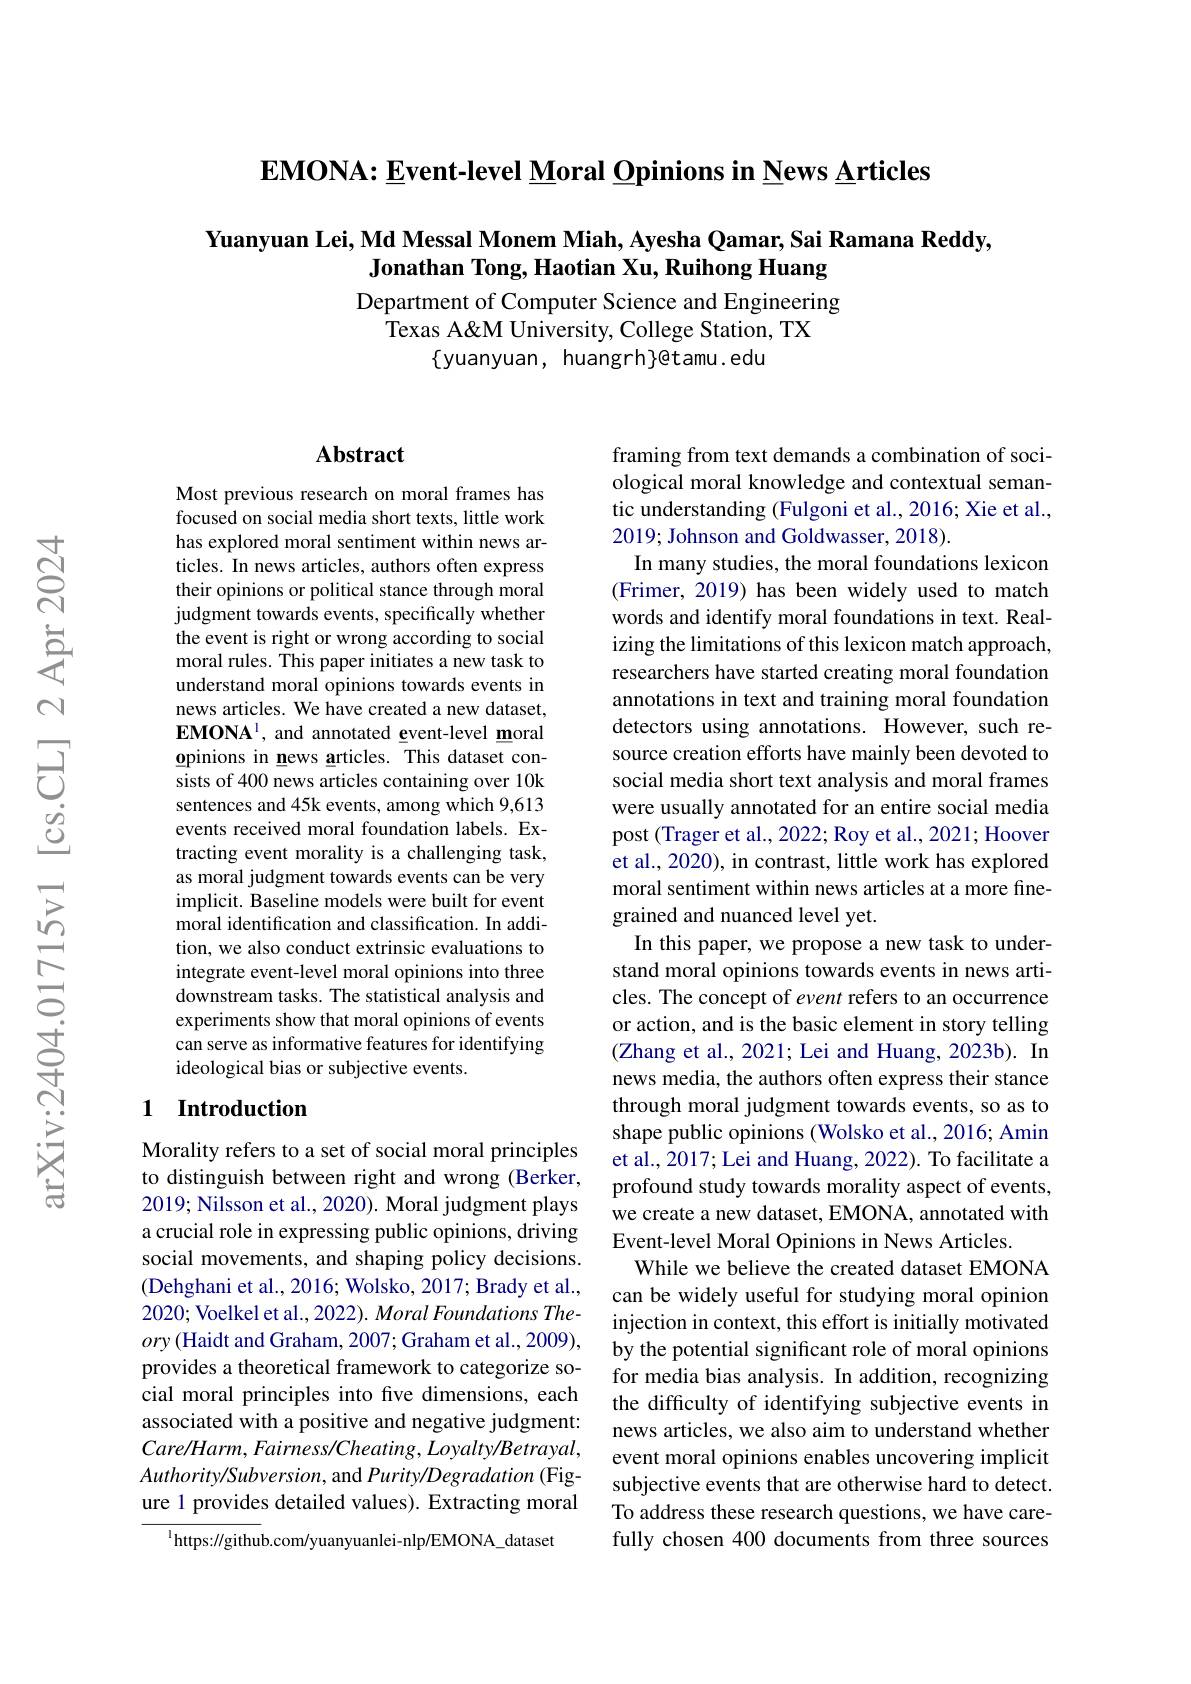
$\mathbf{EMONA:Event-level~Moral~Opinions~in~News~Articles}$

## Yuanyuan Lei, Md Messal Monem Miah, Ayesha Qamar, Sai Ramana Reddy, Jonathan Tong, Haotian Xu, Ruihong Huang

Department of Computer Science and Engineering
Texas A&M University, College Station, TX
$\{yuanyuan, huangrh\}@tamu.edu$

## Abstract

Most previous research on moral frames has focused on social media short texts, little work has explored moral sentiment within news articles. In news articles, authors often express their opinions or political stance through moral judgment towards events, specifically whether the event is right or wrong according to social moral rules. This paper initiates a new task to understand moral opinions towards events in news articles. We have created a new dataset, $\mathbf{EMONA}^{1}$, and annotated event-level moral opinions in news articles. This dataset consists of 400 news articles containing over 10k sentences and 45k events, among which 9,613 events received moral foundation labels. Extracting event morality is a challenging task, as moral judgment towards events can be very implicit. Baseline models were built for event moral identification and classification. In addition, we also conduct extrinsic evaluations to integrate event-level moral opinions into three downstream tasks. The statistical analysis and experiments show that moral opinions of events can serve as informative features for identifying ideological bias or subjective events.

## 1 Introduction

Morality refers to a set of social moral principles to distinguish between right and wrong (Berker, 2019; Nilsson et al., 2020). Moral judgment plays a crucial role in expressing public opinions, driving social movements, and shaping policy decisions. (Dehghani et al., 2016; Wolsko, 2017; Brady et al., 2020; Voelkel et al., 2022). Moral Foundations Theory(Haidt and Graham, 2007; Graham et al., 2009), provides a theoretical framework to categorize social moral principles into five dimensions, each associated with a positive and negative judgment: $Care/Harm,Fairness/Cheating,Loyalty/Betrayal$, $Authority/Subversion$,and Purity/Degradation (Figure 1 provides detailed values). Extracting moral
$^{1}$https://github.com/yuanyuanlei-nlp/EMONA\_dataset

framing from text demands a combination of sociological moral knowledge and contextual semantic understanding (Fulgoni et al., 2016; Xie et al., 2019; Johnson and Goldwasser, 2018).
In many studies, the moral foundations lexicon (Frimer, 2019) has been widely used to match words and identify moral foundations in text. Realizing the limitations of this lexicon match approach, researchers have started creating moral foundation annotations in text and training moral foundation detectors using annotations. However, such resource creation efforts have mainly been devoted to social media short text analysis and moral frames were usually annotated for an entire social media post (Trager et al., 2022; Roy et al., 2021; Hoover et al., 2020), in contrast, little work has explored moral sentiment within news articles at a more finegrained and nuanced level yet.
In this paper, we propose a new task to understand moral opinions towards events in news articles. The concept of event refers to an occurrence or action, and is the basic element in story telling (Zhang et al., 2021; Lei and Huang, 2023b). In news media, the authors often express their stance through moral judgment towards events, so as to shape public opinions (Wolsko et al., 2016; Amin et al., 2017; Lei and Huang, 2022). To facilitate a profound study towards morality aspect of events, we create a new dataset, EMONA, annotated with Event-level Moral Opinions in News Articles.
While we believe the created dataset EMONA can be widely useful for studying moral opinion injection in context, this effort is initially motivated by the potential significant role of moral opinions for media bias analysis. In addition, recognizing the difficulty of identifying subjective events in news articles, we also aim to understand whether event moral opinions enables uncovering implicit subjective events that are otherwise hard to detect. To address these research questions, we have carefully chosen 400 documents from three sources